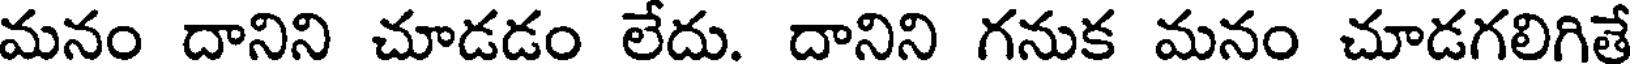
మనం దానిని చూడడం లేదు. దానిని గనుక మనం చూడగలిగితే